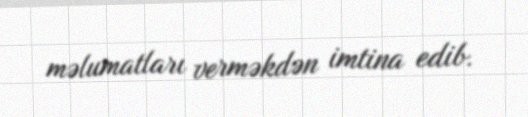
məlumatları verməkdən imtina edib.